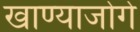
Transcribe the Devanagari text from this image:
खाण्याजोगे